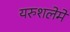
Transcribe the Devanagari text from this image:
यरुशलेमे